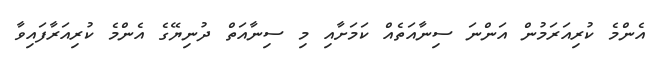
އެންމެ ކުރިއަރަމުން އަންނަ ސިނާއަތެއް ކަމަށާއި މި ސިނާއަތް ދުނިޔޭގެ އެންމެ ކުރިއަރާފައިވާ